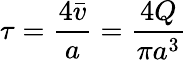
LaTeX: \tau=\frac{4\bar{v}}{a}=\frac{4Q}{\pi a^{3}}